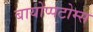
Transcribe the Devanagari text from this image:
बायोप्पटोम्स